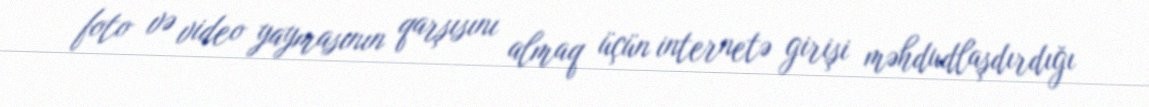
foto və video yaymasının qarşısını almaq üçün internetə girişi məhdudlaşdırdığı